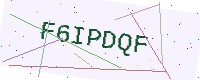
Text: F6IPDQF